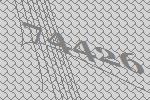
74426